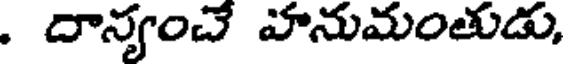
. దాన్యంచే హనుమంతుడు,